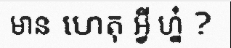
មាន ហេតុ អ្វី ហ្ន៎ ?